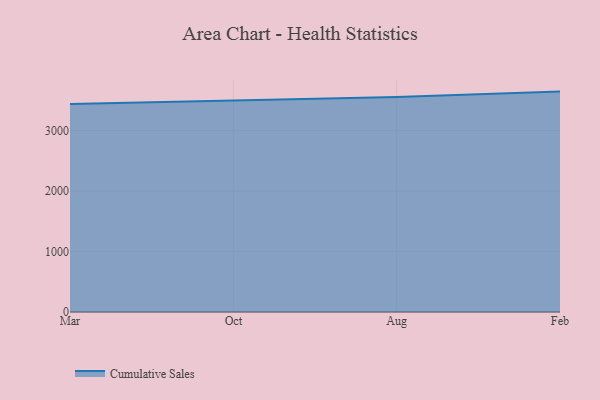
{"axis": {"x": "Month", "y": "Conversion Rate (%)"}, "legend": ["Cumulative Sales"], "data": [{"x": "Mar", "y": 3436.4, "type": "Cumulative Sales"}, {"x": "Oct", "y": 3488.2, "type": "Cumulative Sales"}, {"x": "Aug", "y": 3551.0, "type": "Cumulative Sales"}, {"x": "Feb", "y": 3641.7, "type": "Cumulative Sales"}]}